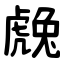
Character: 䖘